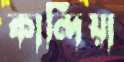
কান্দিয়া